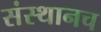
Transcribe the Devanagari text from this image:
संस्थानच